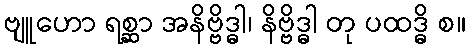
ဗျူဟော ရစ္ဆာ အနိဗ္ဗိဒ္ဓါ၊ နိဗ္ဗိဒ္ဓါ တု ပထဒ္ဓိ စ။